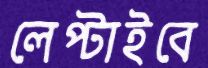
লেপ্‌টাইবে